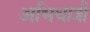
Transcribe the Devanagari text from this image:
अभिधात्री